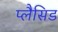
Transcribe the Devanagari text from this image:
प्लैसिड